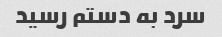
سرد به دستم رسید